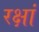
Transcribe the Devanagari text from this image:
रक्षां